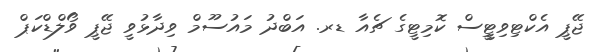
ޖޭޕީ އެކްޓިވިޓީީސް ކޮމިޓީގެ ޗެއާ ޑރ. އަބްދު މައުސޫމް ވިދާޅުވީ ޖޭޕީ ވޯލްޑްކަޕް